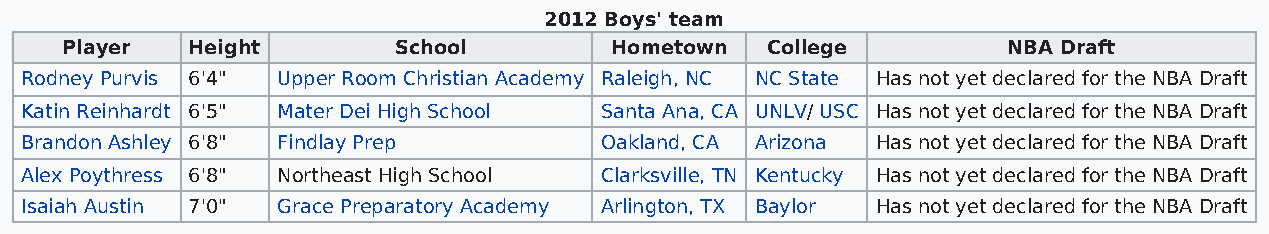
2012 Boys' team
 Player  Height        School        Hometown   College         NBA Draft
 Rodney Purvis 6'4" Upper Room Christian Academy Raleigh, NC NC State Has not yet declared for the NBA Draft
 Katin Reinhardt 6'5" Mater Dei High School Santa Ana, CA UNLV/ USC Has not yet declared for the NBA Draft
 Brandon Ashley 6'8" Findlay Prep       Oakland, CA Arizona Has not yet declared for the NBA Draft
 Alex Poythress 6'8" Northeast High School Clarksville, TN Kentucky Has not yet declared for the NBA Draft
 Isaiah Austin 7'0" Grace Preparatory Academy Arlington, TX Baylor Has not yet declared for the NBA Draft